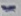
Text: -